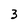
Character: 3